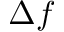
\Delta f